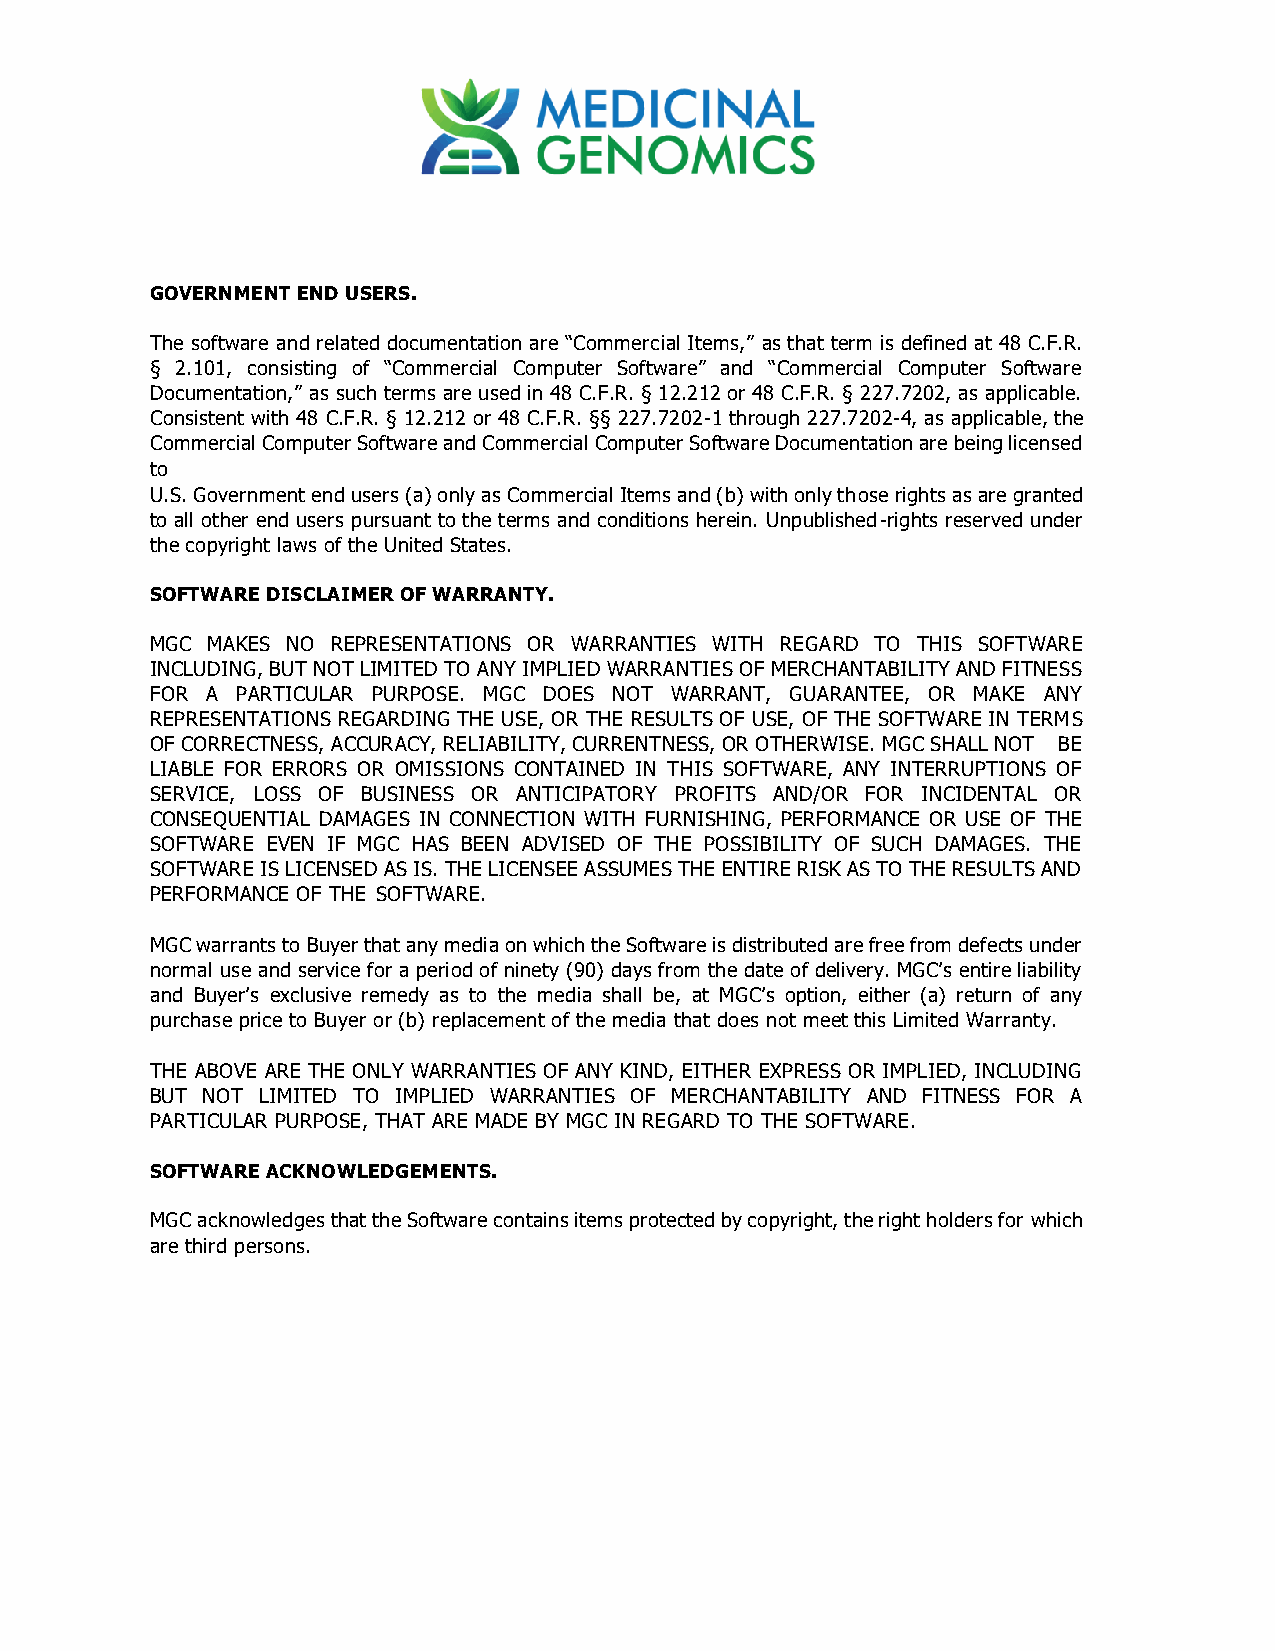
GOVERNMENT END USERS.
 The software and related documentation are “Commercial Items,” as that term is defined at 48 C.F.R.
 § 2.101, consisting of “Commercial Computer Software” and “Commercial Computer Software
 Documentation,” as such terms are used in 48 C.F.R. § 12.212 or 48 C.F.R. § 227.7202, as applicable.
 Consistent with 48 C.F.R. § 12.212 or 48 C.F.R. §§ 227.7202-1 through 227.7202-4, as applicable, the
 Commercial Computer Software and Commercial Computer Software Documentation are being licensed
 to
 U.S. Government end users (a) only as Commercial Items and (b) with only those rights as are granted
 to all other end users pursuant to the terms and conditions herein. Unpublished-rights reserved under
 the copyright laws of the United States.
 SOFTWARE DISCLAIMER OF WARRANTY.
 MGC MAKES NO REPRESENTATIONS OR WARRANTIES WITH REGARD TO THIS SOFTWARE
 INCLUDING, BUT NOT LIMITED TO ANY IMPLIED WARRANTIES OF MERCHANTABILITY AND FITNESS
 FOR A PARTICULAR PURPOSE. MGC DOES NOT WARRANT, GUARANTEE, OR MAKE ANY
 REPRESENTATIONS REGARDING THE USE, OR THE RESULTS OF USE, OF THE SOFTWARE IN TERMS
 OF CORRECTNESS, ACCURACY, RELIABILITY, CURRENTNESS, OR OTHERWISE. MGC SHALL NOT BE
 LIABLE FOR ERRORS OR OMISSIONS CONTAINED IN THIS SOFTWARE, ANY INTERRUPTIONS OF
 SERVICE, LOSS OF BUSINESS OR ANTICIPATORY PROFITS AND/OR FOR INCIDENTAL OR
 CONSEQUENTIAL DAMAGES IN CONNECTION WITH FURNISHING, PERFORMANCE OR USE OF THE
 SOFTWARE EVEN IF MGC HAS BEEN ADVISED OF THE POSSIBILITY OF SUCH DAMAGES. THE
 SOFTWARE IS LICENSED AS IS. THE LICENSEE ASSUMES THE ENTIRE RISK AS TO THE RESULTS AND
 PERFORMANCE OF THE SOFTWARE.
 MGC warrants to Buyer that any media on which the Software is distributed are free from defects under
 normal use and service for a period of ninety (90) days from the date of delivery. MGC’s entire liability
 and Buyer’s exclusive remedy as to the media shall be, at MGC’s option, either (a) return of any
 purchase price to Buyer or (b) replacement of the media that does not meet this Limited Warranty.
 THE ABOVE ARE THE ONLY WARRANTIES OF ANY KIND, EITHER EXPRESS OR IMPLIED, INCLUDING
 BUT NOT LIMITED TO IMPLIED WARRANTIES OF MERCHANTABILITY AND FITNESS FOR A
 PARTICULAR PURPOSE, THAT ARE MADE BY MGC IN REGARD TO THE SOFTWARE.
 SOFTWARE ACKNOWLEDGEMENTS.
 MGC acknowledges that the Software contains items protected by copyright, the right holders for which
 are third persons.